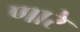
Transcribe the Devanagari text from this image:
णारे